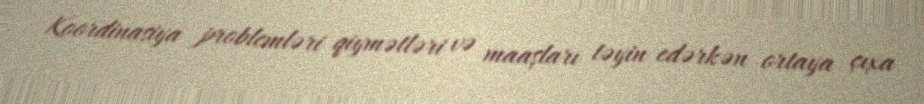
Koordinasiya problemləri qiymətləri və maaşları təyin edərkən ortaya çıxa